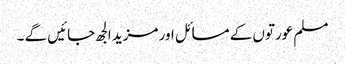
مسلم عورتوں کے مسائل اور مزید الجھ جائیں گے ۔